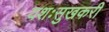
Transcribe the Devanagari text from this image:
यशःसुखकरी